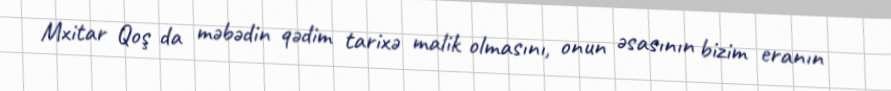
Mxitar Qoş da məbədin qədim tarixə malik olmasını, onun əsasının bizim eranın